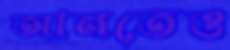
আনতেও